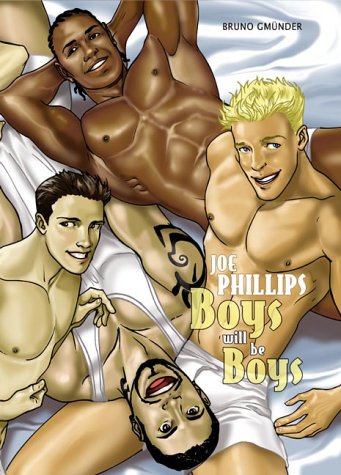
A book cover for Boys Will Be Boys; Romance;